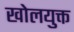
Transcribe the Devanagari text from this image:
खोलयुक्त